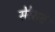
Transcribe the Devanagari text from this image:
सेरेसचे